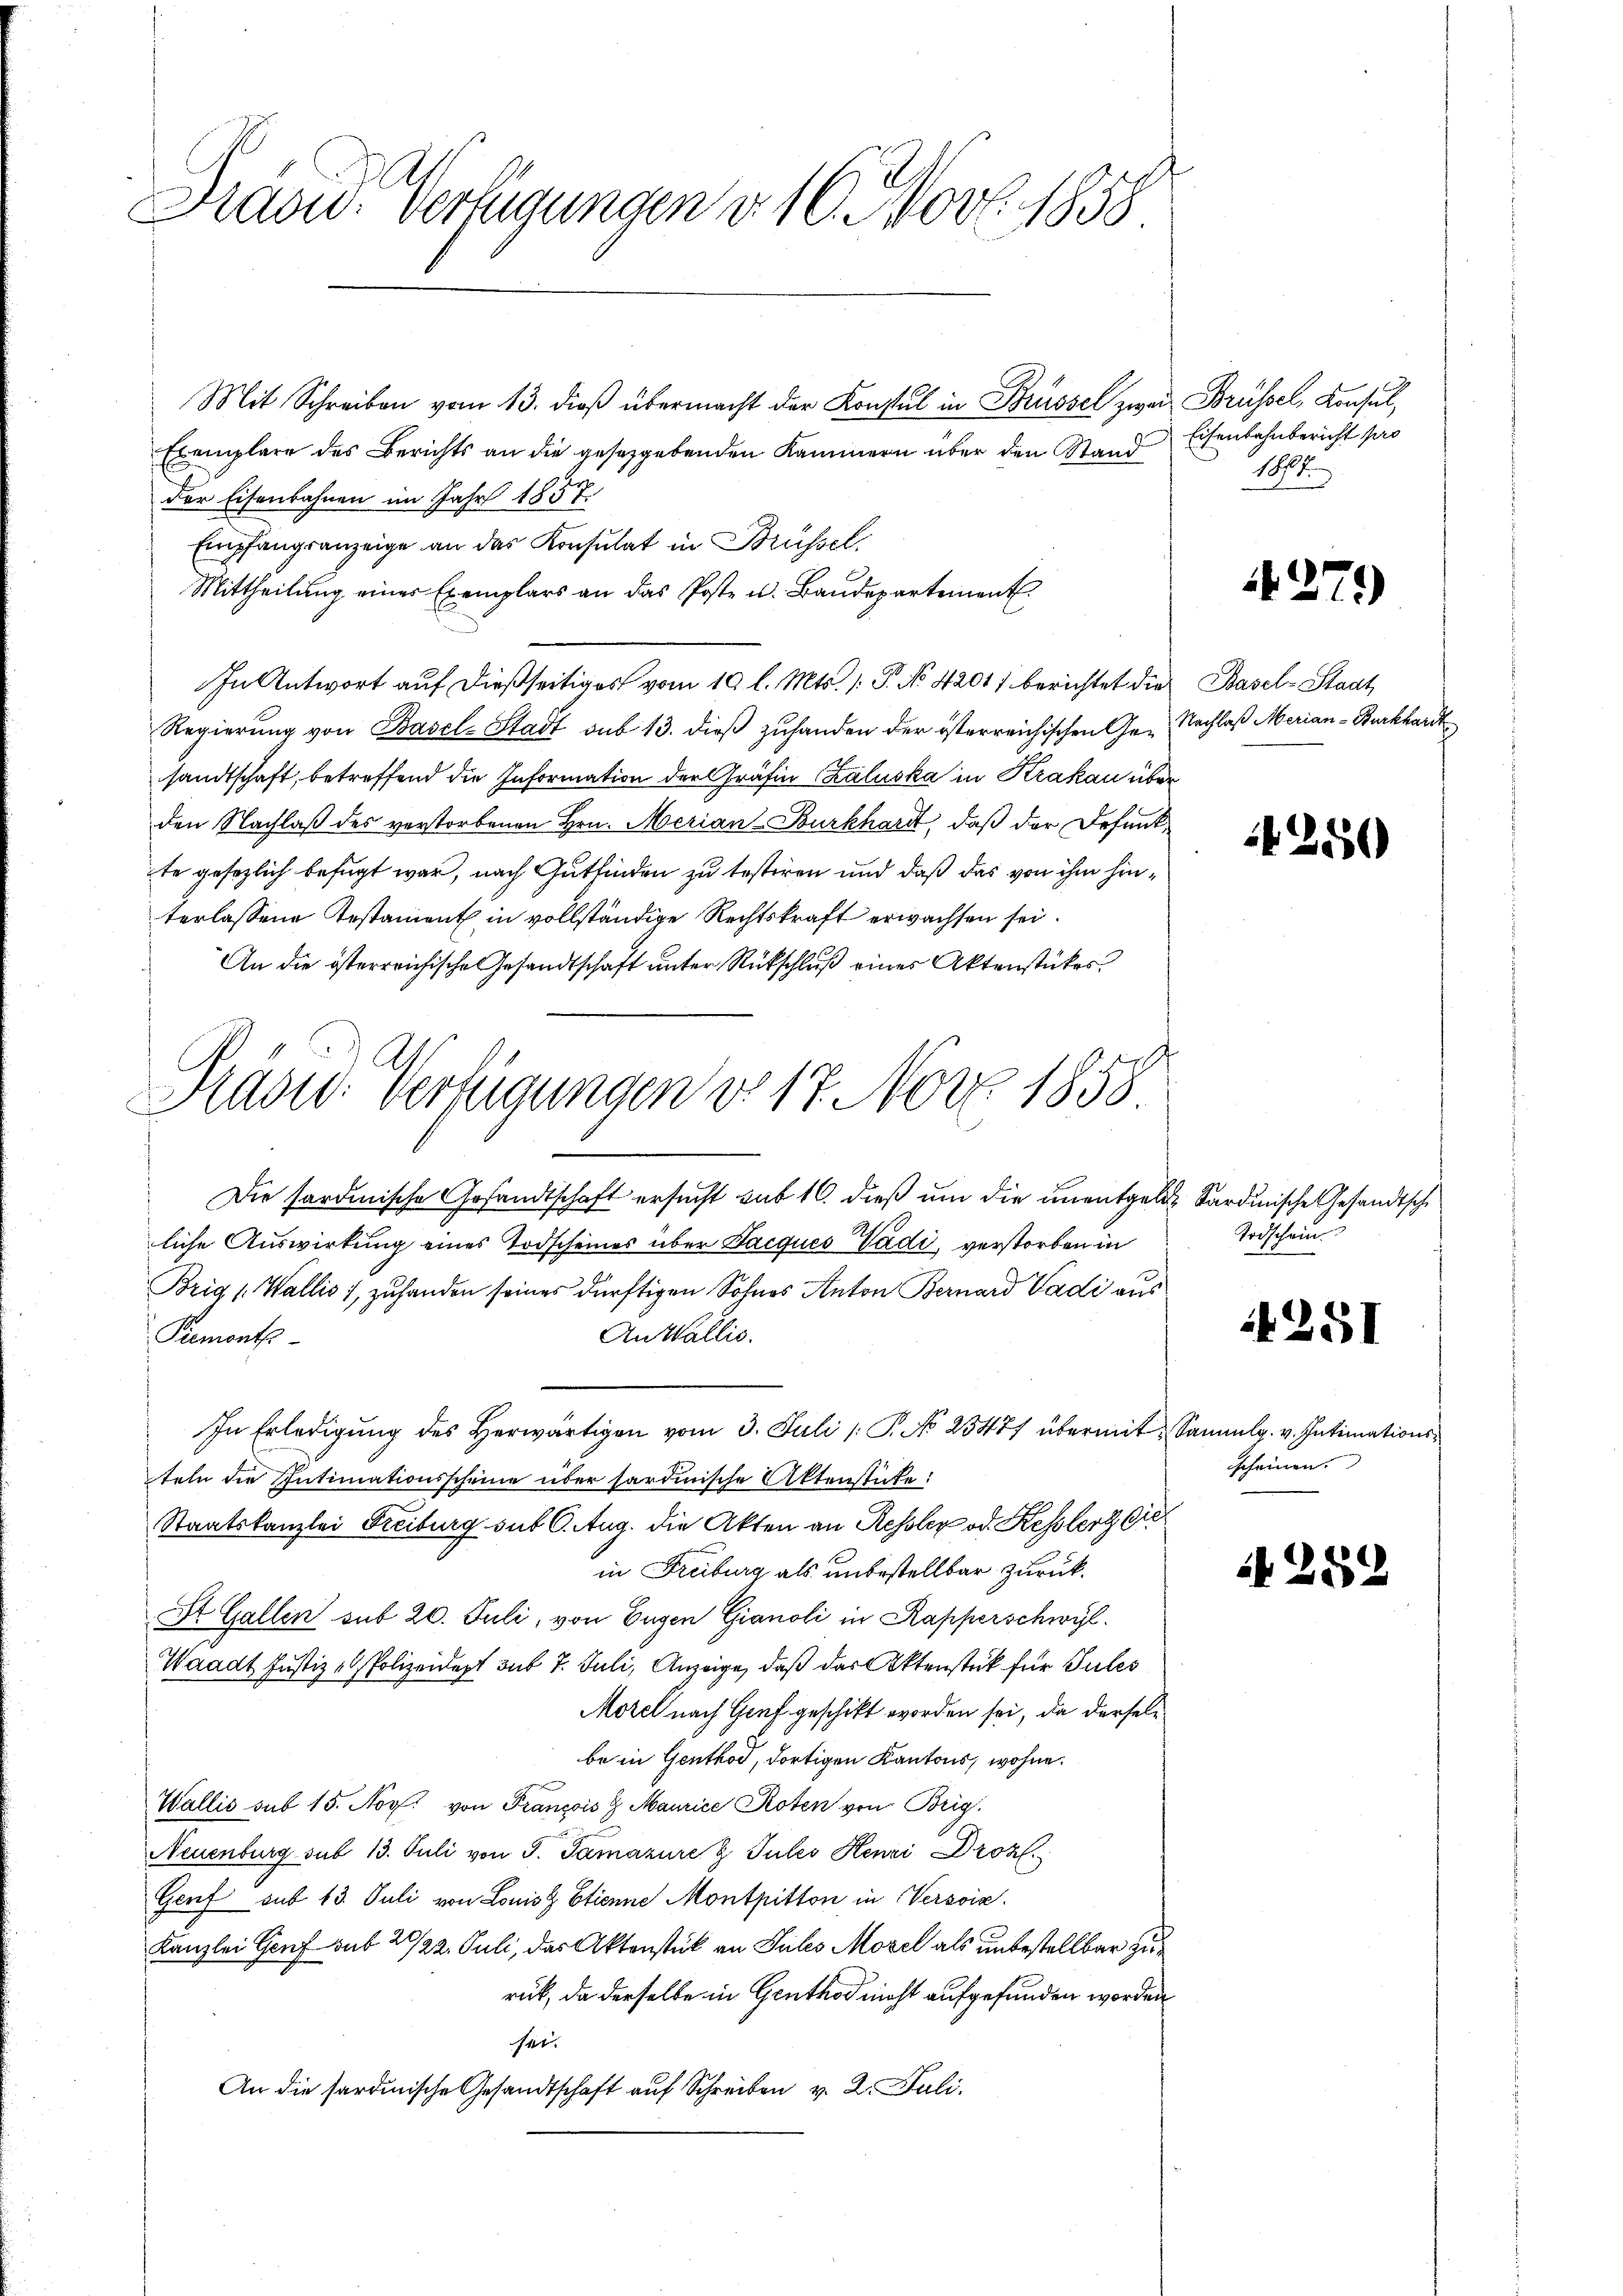
Präsid. Verfügungen v. 10. Nov. 1858

Mit Schreiben vom 13. dieß übermacht der Konsul in Brüssel zwei
Exemplare des Berichts an die gesetzgebenden Kammern über den Stand
der Eisenbahnen im Jahr 1857.
Empfangsanzeige an das Konsulat in Brüssel,
Mittheilung einer Exemplars an das Poste u. Baŭdepartement
In Antwort auf dießseitiges vom 19. l. Mts. /: P. No 4201) berichtet die Basel-Stadt
Regierung von Basel-Stadt sub 13. dieß zuhanden der österreichischen Gesandtschaft, betreffend die Information der Gräfin (Kaluska in Krakau über
den Nachlaß des verstorbenen Hrn. Merian-Burkhardt, daß der Befundte gesezlich befugt war, nach Gutfinden zu testiren und daß das von ihm hinterlassene Testament in vollständige Rechtskraft erwachsen sei.
An die österreichische Gesandtschaft unter Rückschluß eines Aktenstückes
Die fordinische Gesandtschaft ersucht sub 16. dieß um die unentgelde Sardinische Gesandtsche
liche Auswirkung eines Todscheines über Jacques Wadi, verstorben in
Brig (Wallis 1, zuhanden seines dürftigen Sohnes Anton Bernard Vadi aus
An Wallis.
Remont-
In Erledigŭng des herwärtigen vom 3. Juli / P. No 25477 übermit Sammlg. v. Intimations-
teln die Intimationsscheine über sardinische Aktenstücke:
Staatskanzlei Freiburg sub 6. Aug. die Akten an Kessler od. Kesslers die
in Freiburg als unbestellbar zurück¬
St. Gallen sub 20. Juli, von Eugen Gianoli in Kapperschwyl
Waadt Justiz- & Polizeidept sub 7. Juli, Anzeige, daß das Aktenstück für Sules
Morel nach Graf geschikt worden sei, da derselbe in Genthod, dortigen Kantons, wohne.
Wallis sub 15. Nov. von François 8 Maurice Roten von Brig
Neuenburg sub 13. Juli von J. Tamazire & Jules Henzi Droz.
Genf sub 13. Juli von Louis Etienne Montpitton in Versoix.
Kanzlei Genf sub 21/22. Juli, das Aktenstück an Sules Morel als unbestellbar zurück, da derselbe in Genthod nicht aufgefunden worden
14t.
An die sardinische Gesandtschaft auf Schreiben v. 2. Juli.

Prasw. Verfügungen d. 17. Nov. 1858

Brüssel, Konsul,
Eisenbahnbericht pro
18

1279)

Nachlaß Merian-Burkhardt

4250

Todschein

2

251

scheinen.

28.